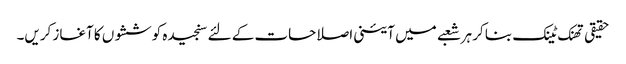
حقیقی تھنک ٹینک بنا کر ہر شعبے میں آئینی اصلاحات کے لئے سنجیدہ کوششوں کا آغاز کریں۔